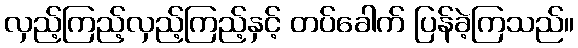
လှည့်ကြည့်လှည့်ကြည့်နှင့် တပ်ခေါက် ပြန်ခဲ့ကြသည်။